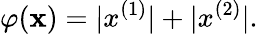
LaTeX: \varphi(\mathbf x)=|x^{(1)}|+|x^{(2)}|.